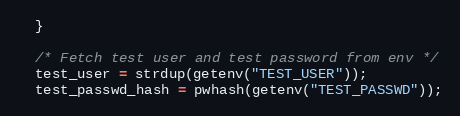
Language: C
  }

  /* Fetch test user and test password from env */
  test_user = strdup(getenv("TEST_USER"));
  test_passwd_hash = pwhash(getenv("TEST_PASSWD"));